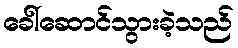
ခေါ်ဆောင်သွားခဲ့သည်